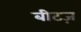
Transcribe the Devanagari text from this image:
बीटज़